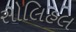
સોલિહલ